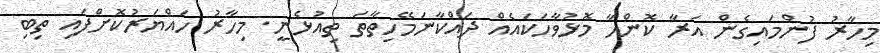
މިހާރު ފުންމައިގެން އަރާ ކޮންހާ މޮޅުވާހަކައެއް ދައްކާނަމޭހިތާތަ ތިއުޅެނީ. މިހާރު ހައްޔަރުކޮށްފައި ތިބި